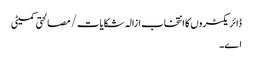
ڈائریکٹروں کا انتخاب ازالہ شکایات/ مصالحتی کمیٹی
اے۔